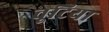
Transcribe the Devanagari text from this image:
चूटिया